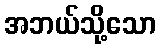
အဘယ်သို့သော